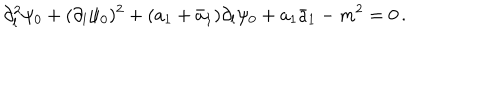
\partial _ { l } ^ { 2 } \psi _ { 0 } + ( \partial _ { l } \psi _ { 0 } ) ^ { 2 } + ( a _ { 1 } + \bar { a } _ { 1 } ) \partial _ { l } \psi _ { 0 } + a _ { 1 } \bar { a } _ { 1 } - m ^ { 2 } = 0 \, .